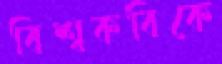
বিশ্বকবিকে